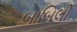
બાબિલી